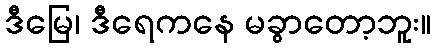
ဒီမြေ၊ ဒီရေကနေ မခွာတော့ဘူး။